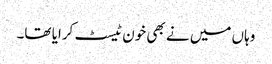
وہاں میں نے بھی خون ٹیسٹ کرایا تھا۔